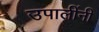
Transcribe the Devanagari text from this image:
उपालींनी